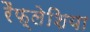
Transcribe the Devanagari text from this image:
रैफ्लेशिया